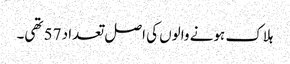
ہلاک ہونے والوں کی اصل تعداد 57 تھی۔